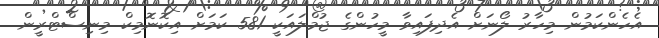
އެހެންކަމުން މިހާރު ލޯނަށް އެދިފައިވާ މީހުންގެ ޖުމްލައަކީ 581 ކަމަށް އިކޮނޮމިކް މިނިސްޓްރީން